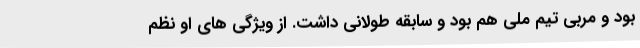
بود و مربی تیم ملی هم بود و سابقه طولانی داشت. از ویژگی های او نظم